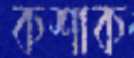
কশাক